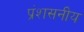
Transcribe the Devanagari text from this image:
प्रंशसनीय